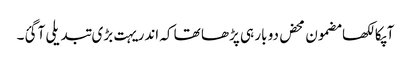
آپکا لکھا مضمون محض دو بار ہی پڑھا تھا کہ اندر یہت بڑی تبدیلی آ گئ۔